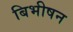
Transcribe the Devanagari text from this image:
बिभीषन